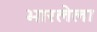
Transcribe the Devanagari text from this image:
भारलेला